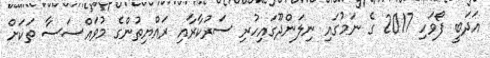
އަދަބީ ފޯވަހި 2017 ގެ ނަމުގައި ނިލަންދޫގައިހުރި ސަރުކާރާއި ރައްޔިތުންގެ މުވައްސަސާ ތަކަށް